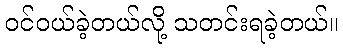
ဝင်ဝယ်ခဲ့တယ်လို့ သတင်းရခဲ့တယ်။